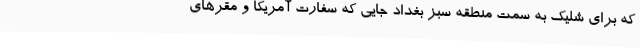
که برای شلیک به سمت منطقه سبز بغداد جایی که سفارت آمریکا و مقرهای